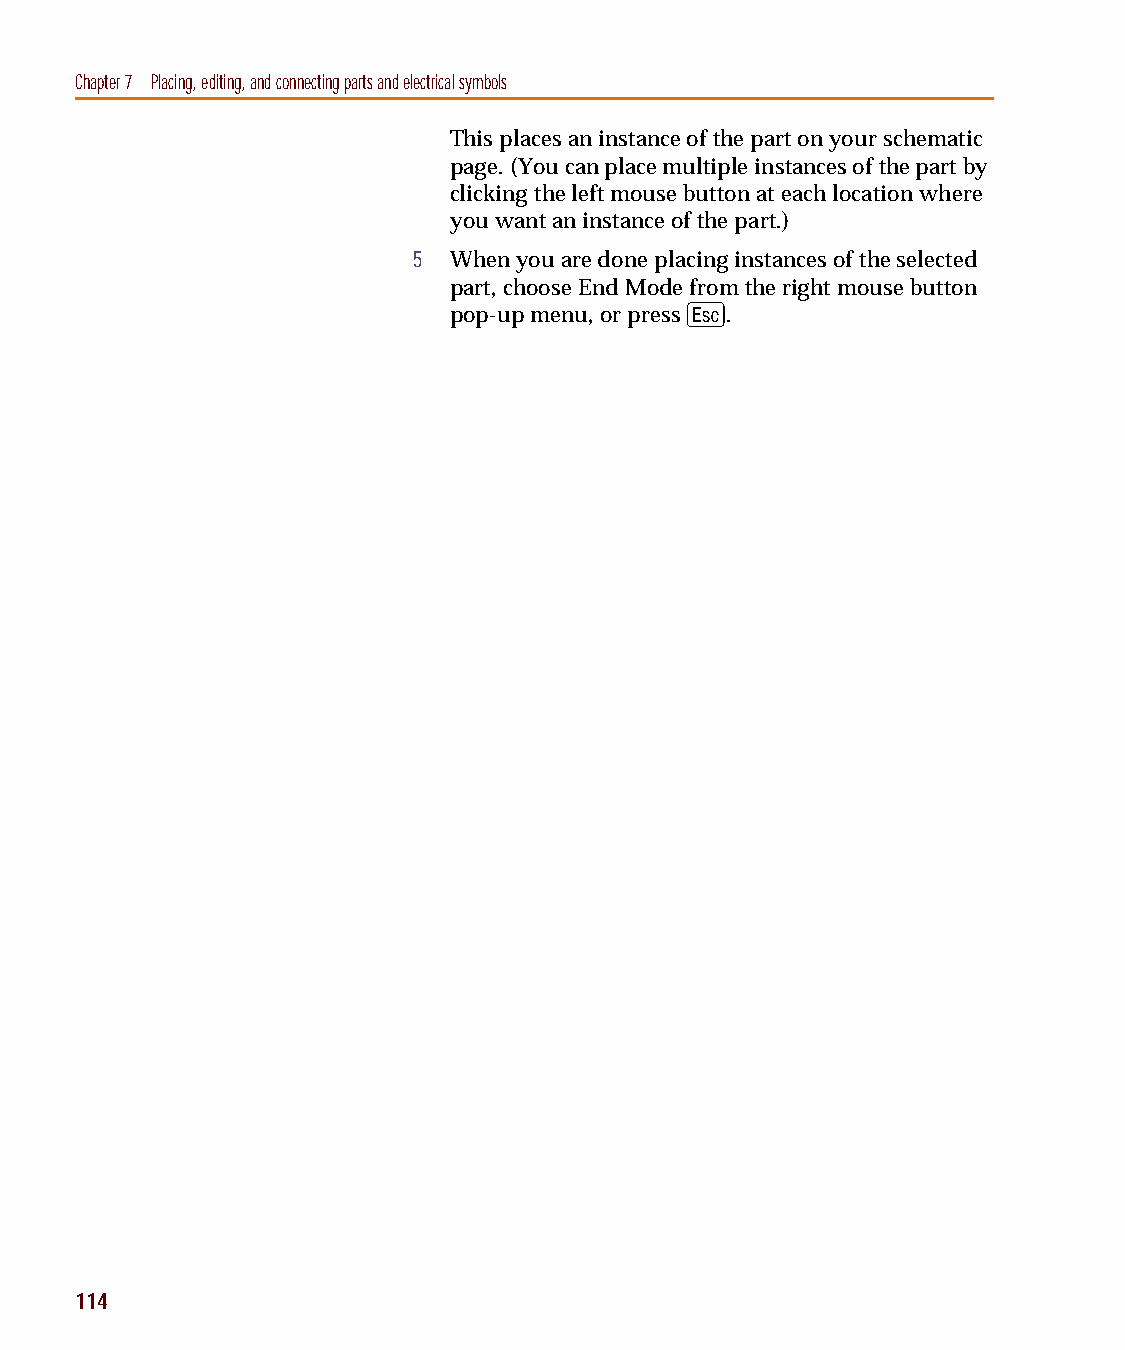
capug.book Page 114 Thursday, November 12, 1998 3:38 PM
 Chapter 7 Placing, editing, and connecting parts and electrical symbols
 This places an instance of the part on your schematic
 page. (You can place multiple instances of the part by
 clicking the left mouse button at each location where
 you want an instance of the part.)
 5  When you are done placing instances of the selected
 part, choose End Mode from the right mouse button
 E
 pop-up menu, or press .
 114